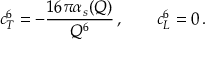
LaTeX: c _ { T } ^ { 6 } = - \frac { 1 6 \pi \alpha _ { s } ( Q ) } { Q ^ { 6 } } \, , \qquad c _ { L } ^ { 6 } = 0 \, .